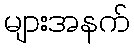
များအနက်